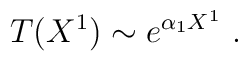
T(X^1) \sim e^{\alpha_1 X^1}\ .